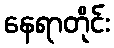
နေရာတိုင်း